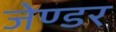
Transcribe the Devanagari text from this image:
जेण्डर